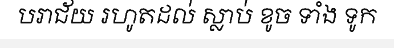
បរាជ័យ រហូតដល់ ស្លាប់ ខូច ទាំង ទូក